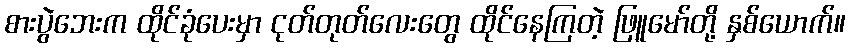
စားပွဲဘေးက ထိုင်ခုံပေးမှာ ငုတ်တုတ်လေးတွေ ထိုင်နေကြတဲ့ ဖြူမော်တို့ နှစ်ယောက်။